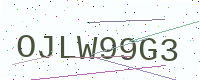
Text: OJLW99G3